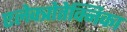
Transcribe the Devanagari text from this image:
एलेक्त्रोतेक्निका